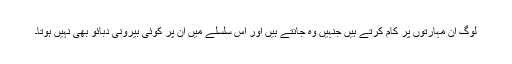
لوگ ان مہارتوں پر کام کرتے ہیں جنہیں وہ جانتے ہیں اور اس سلسلے میں ان پر کوئی بیرونی دبائو بھی نہیں ہوتا۔